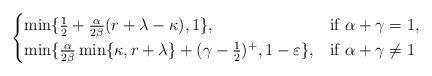
LaTeX: \begin{align*}\begin{cases}\min\{ \frac{1}{2} + \frac{\alpha}{2\beta}(r+\lambda-\kappa), 1 \}, & \mbox{if } \alpha + \gamma = 1, \\\min\{\frac{\alpha}{2\beta}\min\{\kappa,r+\lambda\} + (\gamma-\frac{1}{2})^{+}, 1-\varepsilon\}, & \mbox{if } \alpha + \gamma \neq 1\end{cases}\end{align*}